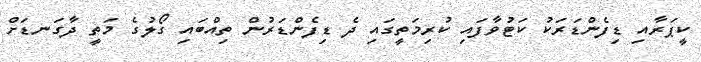
ކީޕަރާއި ޑިފެންޑަރަކު ކަޓުވާފައި ކުރިމަތީގައި ދެ ޑިފެންޑަރުން ތިއްބައި ގޯލުގެ މަތީ ދާގަނޑަށް